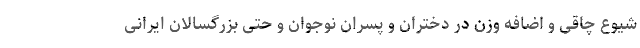
شیوع چاقی و اضافه وزن در دختران و پسران نوجوان و حتی بزرگسالان ایرانی